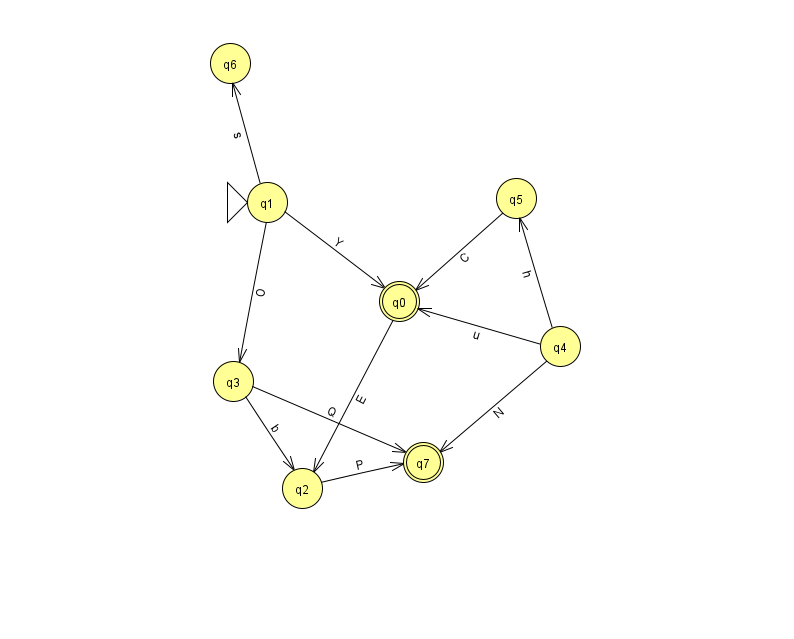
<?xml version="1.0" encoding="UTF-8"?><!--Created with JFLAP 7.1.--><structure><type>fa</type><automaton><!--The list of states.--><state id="0" name="q0"><x>399.0</x><y>288.0</y><final/></state><state id="1" name="q1"><x>267.0</x><y>189.0</y><initial/></state><state id="2" name="q2"><x>302.0</x><y>475.0</y></state><state id="3" name="q3"><x>233.0</x><y>368.0</y></state><state id="4" name="q4"><x>560.0</x><y>333.0</y></state><state id="5" name="q5"><x>516.0</x><y>185.0</y></state><state id="6" name="q6"><x>230.0</x><y>50.0</y></state><state id="7" name="q7"><x>423.0</x><y>449.0</y><final/></state><!--The list of transitions.--><transition><from>0</from><to>2</to><read>E</read></transition><transition><from>4</from><to>0</to><read>u</read></transition><transition><from>1</from><to>0</to><read>Y</read></transition><transition><from>2</from><to>7</to><read>P</read></transition><transition><from>5</from><to>0</to><read>C</read></transition><transition><from>4</from><to>5</to><read>h</read></transition><transition><from>4</from><to>7</to><read>N</read></transition><transition><from>3</from><to>2</to><read>b</read></transition><transition><from>1</from><to>3</to><read>O</read></transition><transition><from>1</from><to>6</to><read>s</read></transition><transition><from>3</from><to>7</to><read>Q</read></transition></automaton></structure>